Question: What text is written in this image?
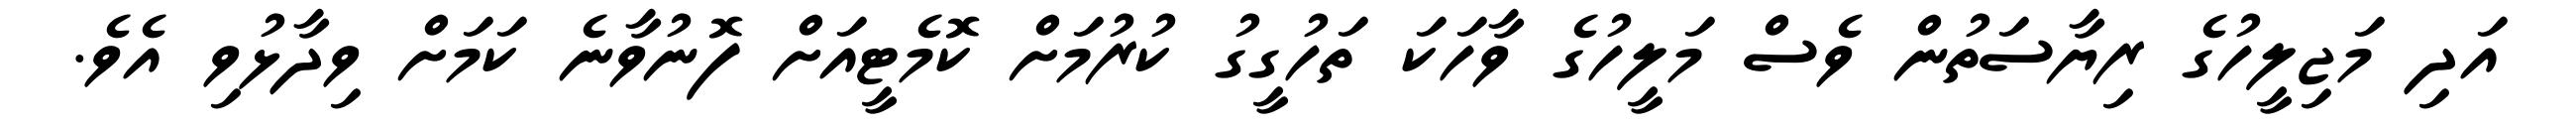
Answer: އަދި މަޖިލީހުގެ ރިޔާސަތުން ވެސް މަލީހުގެ ވާހަކަ ތަހުގީގު ކުރުމަށް ކޮމެޓީއަށް ފޮނުވާނެ ކަމަށް ވިދާޅުވި އެވެ.